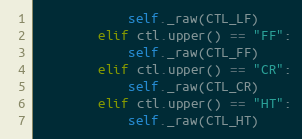
Language: Python
            self._raw(CTL_LF)
        elif ctl.upper() == "FF":
            self._raw(CTL_FF)
        elif ctl.upper() == "CR":
            self._raw(CTL_CR)
        elif ctl.upper() == "HT":
            self._raw(CTL_HT)